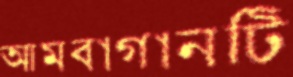
আমবাগানটি